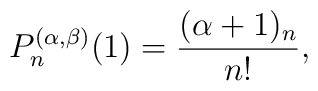
P_n^{(\alpha,\beta)}(1) = \frac{(\alpha+1)_n}{n!},